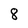
Character: 8